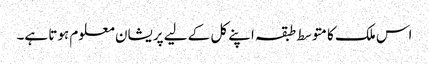
اس ملک کا متوسط طبقہ اپنے کل کے لیے پریشان معلوم ہوتا ہے۔